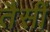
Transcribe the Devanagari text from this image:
तैसीं